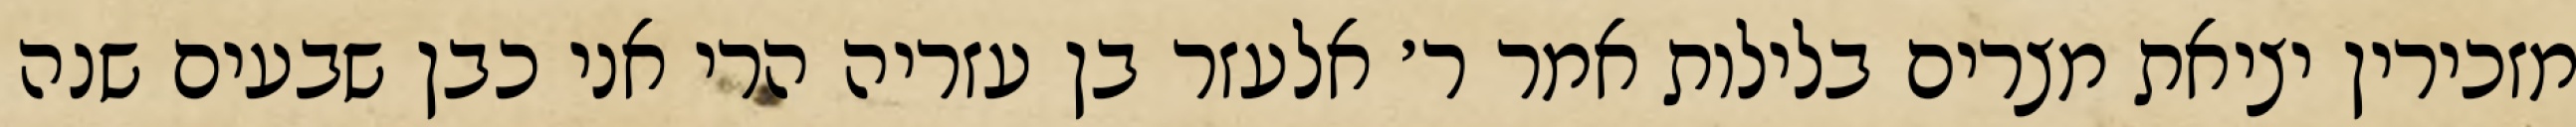
מזכירין יציאת מצרים בלילות אמר ר׳ אלעזר בן עזריה הרי אני כבן שבעים שנה